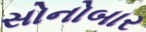
સોનોબાર